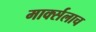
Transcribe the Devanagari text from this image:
मार्क्‍सलाच